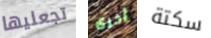
تجعليها أخرى سكتة